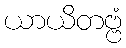
ယာယိတဗ္ဗံ